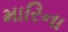
મારિના